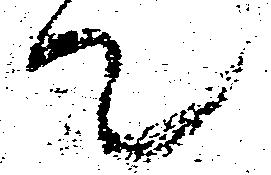
て